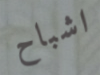
اشباح